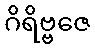
ဂိရိဗ္ဗဇေ